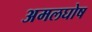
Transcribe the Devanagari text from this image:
अमलघोष